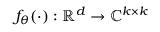
f _ { \theta } ( \cdot ) : \mathbb { R } ^ { d } \rightarrow \mathbb { C } ^ { k \times k }